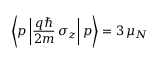
\left\langle p \left| { \frac { q \hbar } { 2 m } } \, \sigma _ { z } \right| p \right\rangle = 3 \, \mu _ { N }